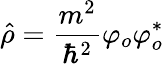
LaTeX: \hat{\rho}=\frac{m^{2}}{\hbar^{2}}\varphi_{o}\varphi_{o}^{*}